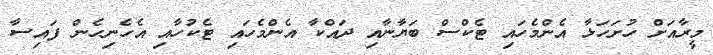
މީރާއަށް ހުށަހަޅާ އެންމެހައި ޓެކްސް ބަޔާނާއި ދައްކާ އެންމެހައި ޓެކުހާއި އެހެނިހެން ފައިސާ